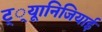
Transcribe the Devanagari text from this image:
ट््यूानिजियाई